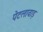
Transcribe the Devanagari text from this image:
पेटलावाड़